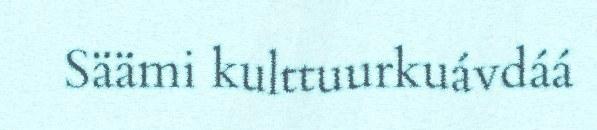
Säämi kulttuurkuávdáá